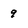
Character: 9